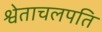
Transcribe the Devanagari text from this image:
श्वेताचलपति